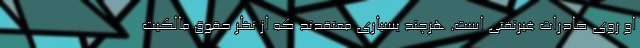
او روی صادرات غیرنفتی است. هرچند بسیاری معتقدند که از نظر حقوق مالکیت